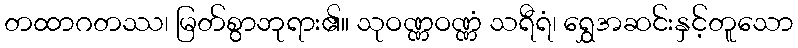
တထာဂတဿ၊ မြတ်စွာဘုရား၏။ သုဝဏ္ဏဝဏ္ဏံ သရီရံ၊ ရွှေအဆင်းနှင့်တူသော